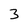
Character: 3